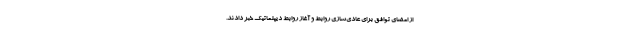
از امضای توافق برای عادی‌سازی روابط و آغاز روابط دیپلماتیک خبر دادند.